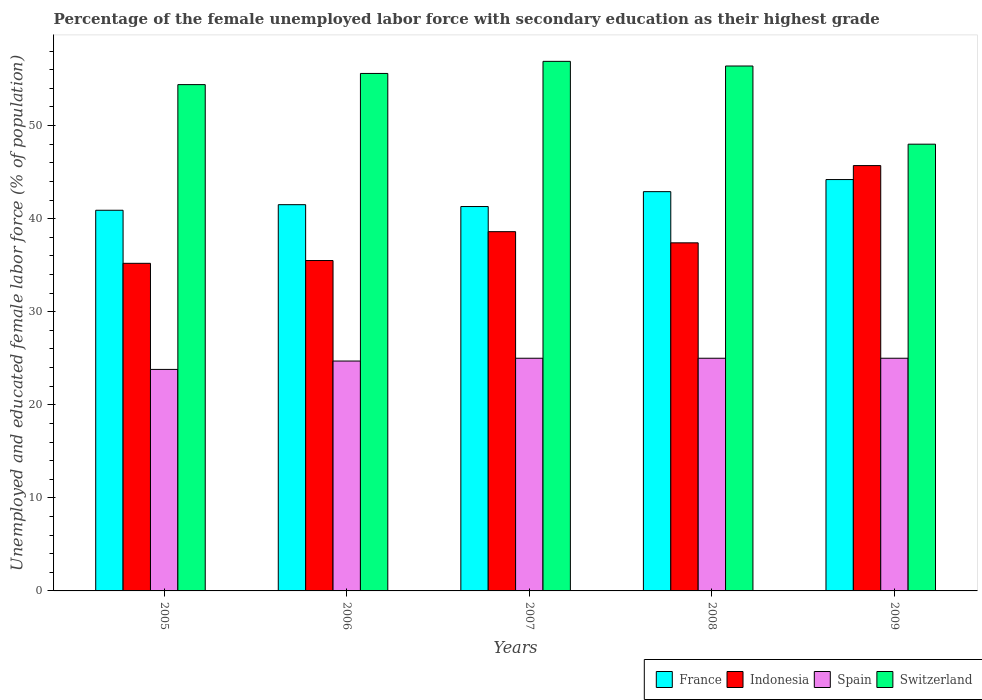
| Years | France | Indonesia | Spain | Switzerland |
 | --- | --- | --- | --- | --- |
 | 2005 | 40.9 | 35.2 | 23.8 | 54.4 |
 | 2006 | 41.5 | 35.5 | 24.7 | 55.6 |
 | 2007 | 41.3 | 38.6 | 25 | 56.9 |
 | 2008 | 42.9 | 37.4 | 25 | 56.4 |
 | 2009 | 44.2 | 45.7 | 25 | 48 |